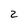
Character: 2